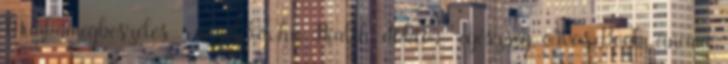
Munkamegbeszélés - angol3.8x.hu Health, doktor- egészség, orvos Book, cinema,